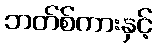
ဘတ်စ်ကားနှင့်